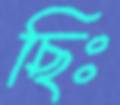
ছিঃ